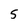
Character: 5